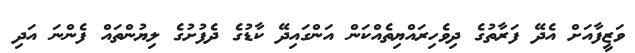
ވަޒީފާއަށް އެދޭ ފަރާތުގެ ދިވެހިރައްޔިތެއްކަން އަންގައިދޭ ކާޑުގެ ދެފުށުގެ ލިޔުންތައް ފެންނަ އަދި